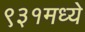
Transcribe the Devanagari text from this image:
९३१मध्ये